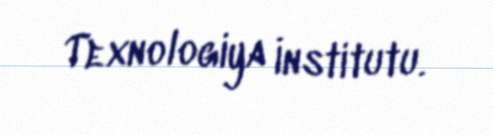
Texnologiya İnstitutu.